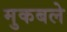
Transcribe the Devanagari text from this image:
मुकबले